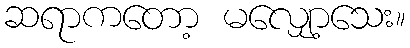
ဆရာကတော့ မလျှော့သေး။